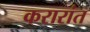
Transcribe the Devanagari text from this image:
करारांत